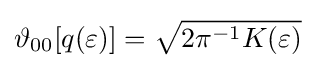
\vartheta _{00}[q(\varepsilon )]={\sqrt {2\pi ^{-1}K(\varepsilon )}}